Annual administration report of the Civil Veterinary Department, Sind - 1944-1945
Year: 1944
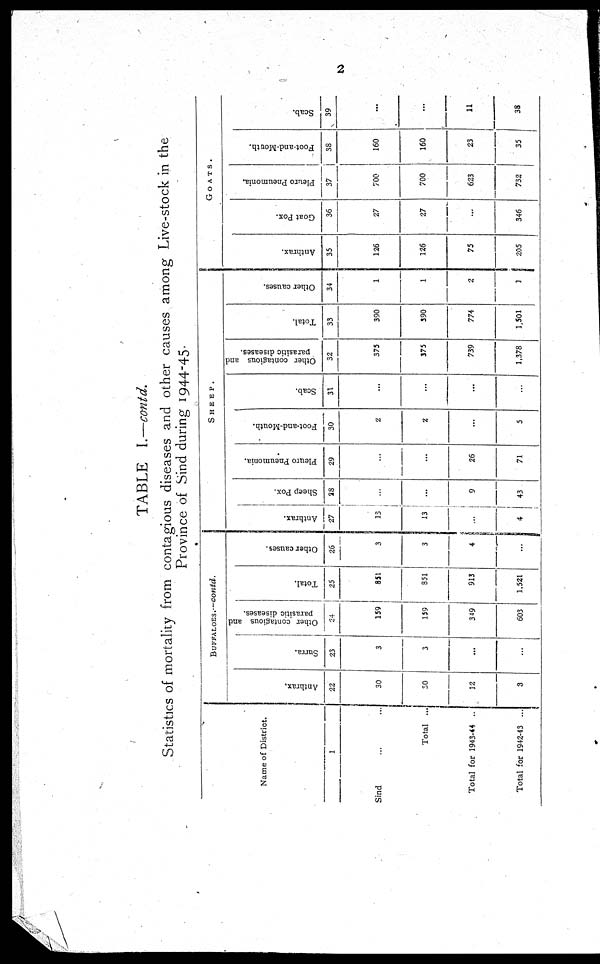
2
TABLE
I.—contd.
Statistics of mortality from contagious diseases and other causes among Live-stock in the
Province of Sind during 1944-45.
Name of District.
1
Sind ... ...
Total
...
Total for 1943-44 ..
Total for 1942-43 ...
BUFFALOES.—contd.
Anthrax.
22
30
30
12
3
Surra.
23
3
...
...
...
Other contagious and
parasitic diseases.
24
159
159
349
603
Total.
25
851
851
913
1,521
Other causes.
26
3
3
4
...
SHEEP.
Anthrax.
27
13
13
...
4
Sheep Pox.
28
...
...
9
43
Pleuro Pneumonia.
29
...
...
26
71
Foot-and-Mouth.
30
2
2
...
5
Scab.
31
...
...
...
...
Other contagious and
parasitic diseases.
32
375
375
739
1,378
Total.
33
390
390
774
1,501
Other causes.
34
1
1
2
1
GOATS.
Anthrax.
35
126
126
75
205
Goat Pox.
36
27
27
...
346
Pleuro Pneumonia.
37
700
700
623
732
Foot-and-Mouth.
38
160
160
23
35
Scab.
39
...
...
11
38